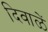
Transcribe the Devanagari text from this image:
दिवाळें